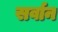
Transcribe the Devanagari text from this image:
सर्वान